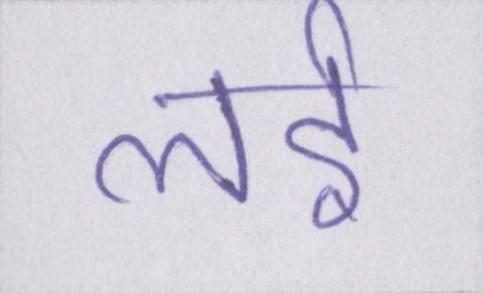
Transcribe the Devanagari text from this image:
लई